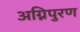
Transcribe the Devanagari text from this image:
अग्निपुरण